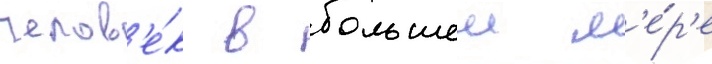
челов'е́к в большеи м'е́р'е